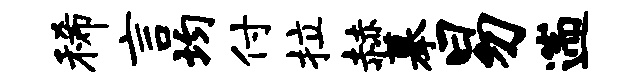
稀言均付拉赫摹易遄